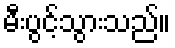
မီးပွင့်သွားသည်။